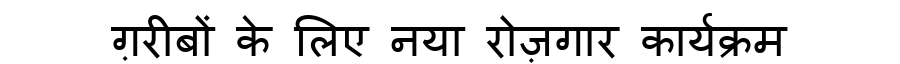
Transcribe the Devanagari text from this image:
ग़रीबों के लिए नया रोज़गार कार्यक्रम